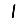
Digit: 1